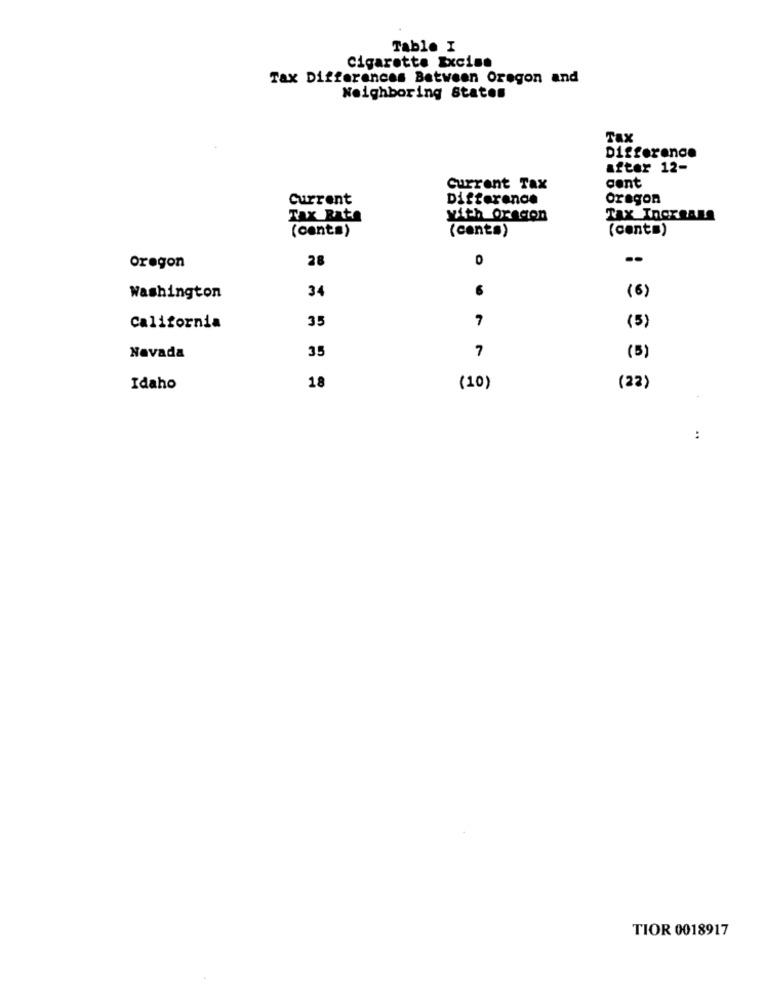
Table I
cigarette Excise
Tax Differences Between Oregon and
Neighboring States
TAX
Difference
after 12-
Current Tax
cent
Current
Difference
oregon
Tax Rate
with Orecon
Tax InCreALS
(centa)
(cento)
(cento)
28
0
Oregon
34
(6)
Washington
6
35
7
(5)
California
7
Nevada
35
(5)
Idaho
18
(10)
(22)
..
TIOR 0018917